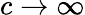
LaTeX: c\rightarrow\infty